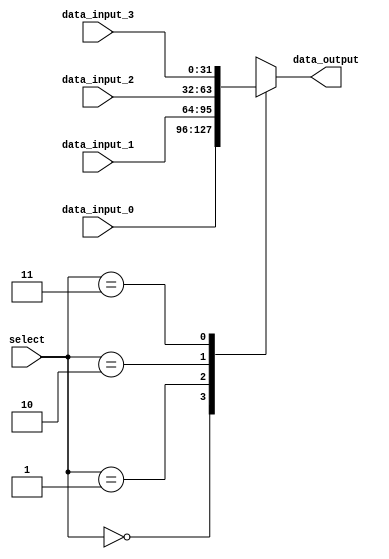
module mux_4to1 (
  input wire [31:0] data_input_0,
  input wire [31:0] data_input_1,
  input wire [31:0] data_input_2,
  input wire [31:0] data_input_3,
  input wire [1:0] select,
  output reg [31:0] data_output
);

always @* begin
  case (select)
    2'b00: data_output = data_input_0;
    2'b01: data_output = data_input_1;
    2'b10: data_output = data_input_2;
    2'b11: data_output = data_input_3;
    default: data_output = 32'b0; // Default case
  endcase
end

endmodule